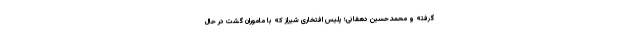
گرفته و محمدحسین دهقانی؛ پلیس افتخاری شیراز که با ماموران گشت در حال